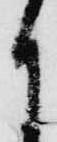
月